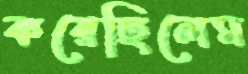
করেছিলেম